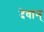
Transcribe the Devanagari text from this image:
देवान्